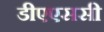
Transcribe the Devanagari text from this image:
डीएएससी